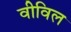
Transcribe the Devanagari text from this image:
वीविल